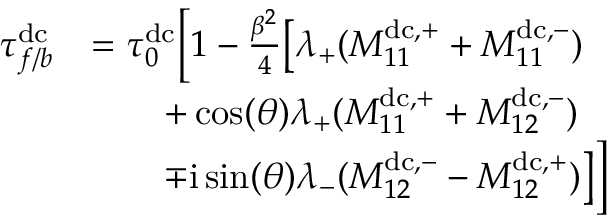
\begin{array} { r l } { \tau _ { f / b } ^ { \mathrm { d c } } } & { = \tau _ { 0 } ^ { \mathrm { d c } } \biggl [ 1 - \frac { \beta ^ { 2 } } { 4 } \bigl [ \lambda _ { + } ( M _ { 1 1 } ^ { \mathrm { d c } , + } + M _ { 1 1 } ^ { \mathrm { d c } , - } ) } \\ & { \qquad + \cos ( \theta ) \lambda _ { + } ( M _ { 1 1 } ^ { \mathrm { d c } , + } + M _ { 1 2 } ^ { \mathrm { d c } , - } ) } \\ & { \qquad \mp \mathrm { i } \sin ( \theta ) \lambda _ { - } ( M _ { 1 2 } ^ { \mathrm { d c } , - } - M _ { 1 2 } ^ { \mathrm { d c } , + } ) \bigr ] \biggr ] } \end{array}